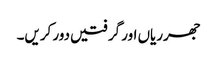
جھرریاں اور گرفتیں دور کریں۔